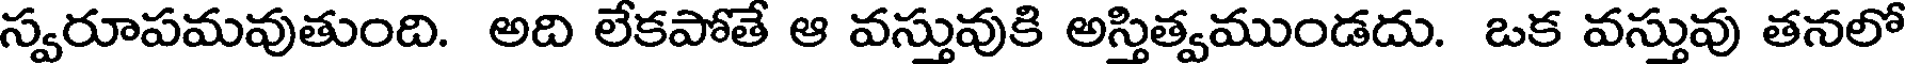
స్వరూపమవుతుంది. అది లేకపోతే ఆ వస్తువుకి అస్తిత్వముండదు. ఒక వస్తువు తనలో